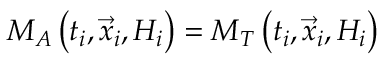
M _ { A } \left( t _ { i } , \vec { x } _ { i } , { \cal H } _ { i } \right) = M _ { T } \left( t _ { i } , \vec { x } _ { i } , { \cal H } _ { i } \right)